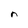
Character: n